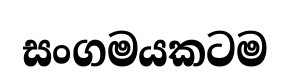
සංගමයකටම